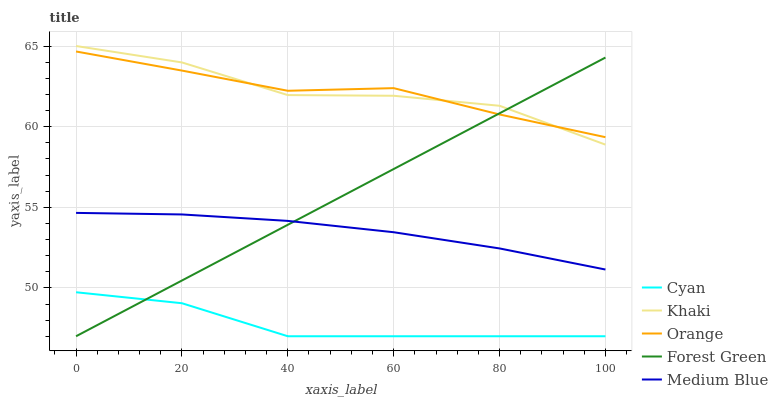
| xaxis_label | Cyan | Khaki | Orange | Forest Green | Medium Blue |
 | --- | --- | --- | --- | --- | --- |
 | 0 | 49.7 | 65 | 64.7 | 47 | 54.7 |
 | 20 | 49 | 64 | 63.5 | 50.5 | 54.6 |
 | 40 | 47 | 62 | 62.2 | 53.9 | 54.2 |
 | 60 | 47 | 61.9 | 62.4 | 57.4 | 53.5 |
 | 80 | 47 | 61.3 | 60.8 | 60.8 | 52.4 |
 | 100 | 47 | 58.9 | 59.3 | 64.3 | 51.1 |